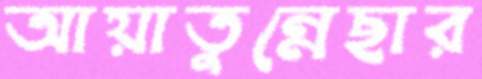
আয়াতুন্নেছার